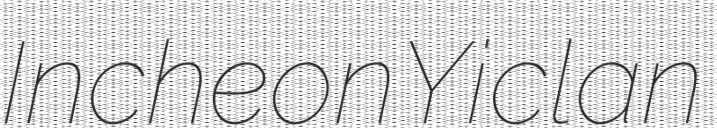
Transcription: Incheon Yi clan